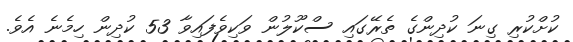
ކުށްކުރި ގިނަ ކުދިންގެ ތެރޭގައި ސްކޫލުން ވަކިވެފައިވާ 53 ކުދިން ހިމެނެ އެވެ.